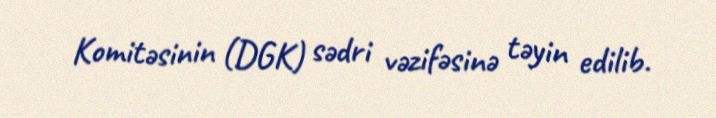
Komitəsinin (DGK) sədri vəzifəsinə təyin edilib.